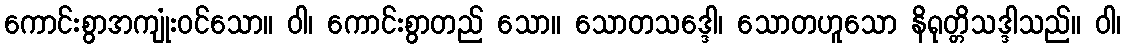
ကောင်းစွာအကျုံးဝင်သော။ ဝါ၊ ကောင်းစွာတည် သော။ သောတသဒ္ဒေါ၊ သောတဟူသော နိရုတ္တိသဒ္ဒါသည်။ ဝါ၊